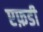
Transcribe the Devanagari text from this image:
एफ़डी